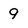
Character: 9